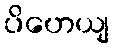
ပိဟေယျ